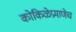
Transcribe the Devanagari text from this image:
कोकिळेप्रमाणेच